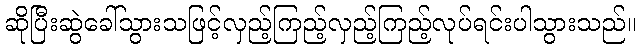
ဆိုပြီးဆွဲခေါ်သွားသဖြင့်လှည့်ကြည့်လှည့်ကြည့်လုပ်ရင်းပါသွားသည်။